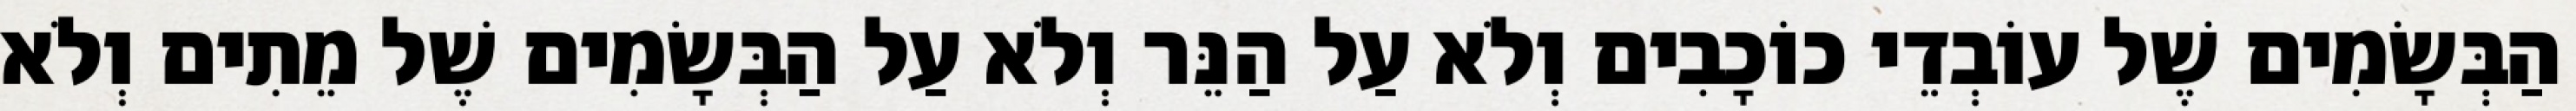
הַבְּשָׂמִים שֶׁל עוֹבְדֵי כוֹכָבִים וְלֹא עַל הַנֵּר וְלֹא עַל הַבְּשָׂמִים שֶׁל מֵתִים וְלֹא